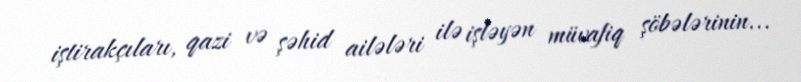
iştirakçıları, qazi və şəhid ailələri ilə işləyən müvafiq şöbələrinin...